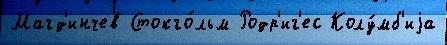
Магд'инчев Стокго́льм Родр'иг'ес Колу́мб'иjа